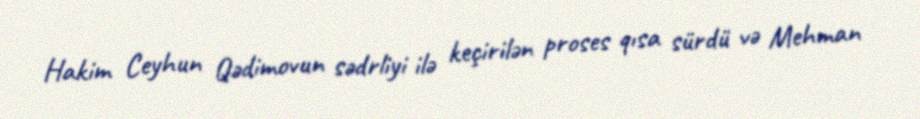
Hakim Ceyhun Qədimovun sədrliyi ilə keçirilən proses qısa sürdü və Mehman